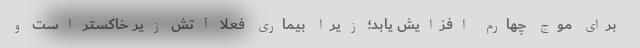
برای موج چهارم افزایش یابد؛ زیرا بیماری فعلا آتش زیر خاکستر است و